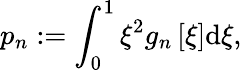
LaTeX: p_{n}:=\int_{0}^{1}\xi^{2}g_{n}\left[\xi\right]\mathrm{d}\xi,